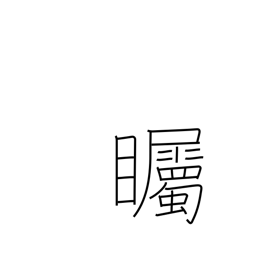
Meaning: look intently